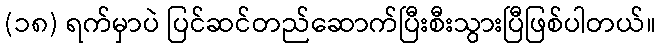
(၁၈) ရက်မှာပဲ ပြင်ဆင်တည်ဆောက်ပြီးစီးသွားပြီဖြစ်ပါတယ်။